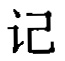
记